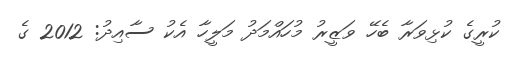
ކުރީގެ ކުޅިވަރާ ބެހޭ ވަޒީރު މުހައްމަދު މަލީހާ އެކު ސާއިދު: 2012 ގެ